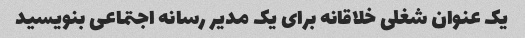
یک عنوان شغلی خلاقانه برای یک مدیر رسانه اجتماعی بنویسید